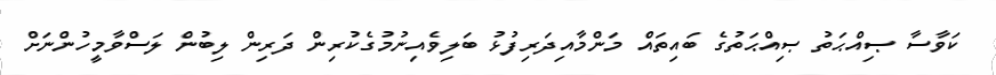
ކަވާސާ ޞިއްޙަތު ޞިއްޙަތުގެ ބައިތައް މަންމާއިދަރިފުޅު ބަލިވެއިނުމުގެކުރިން ދަރިން ލިބުން ލަސްވާމީހުންނަށް